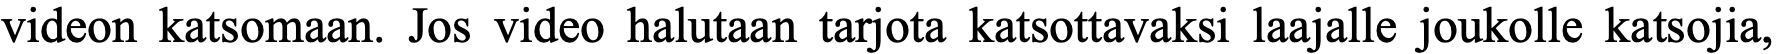
videon katsomaan. Jos video halutaan tarjota katsottavaksi laajalle joukolle katsojia,